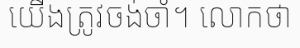
យើងត្រូវចង់ចាំ។ លោកថា